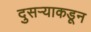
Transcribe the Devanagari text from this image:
दुसर्‍याकडून